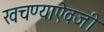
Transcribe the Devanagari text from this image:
खचण्याऐवजी